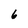
Character: 6